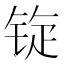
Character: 𫓷